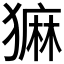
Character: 𬍄